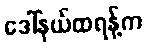
ဒေါ်နယ်ထရန့်က